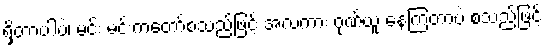
ရှိတာပါပဲ၊ မင်း မင်းကတော်စသည်ဖြင့် အလကား ဂုဏ်ယူ နေကြတာပဲ စသည်ဖြင့်